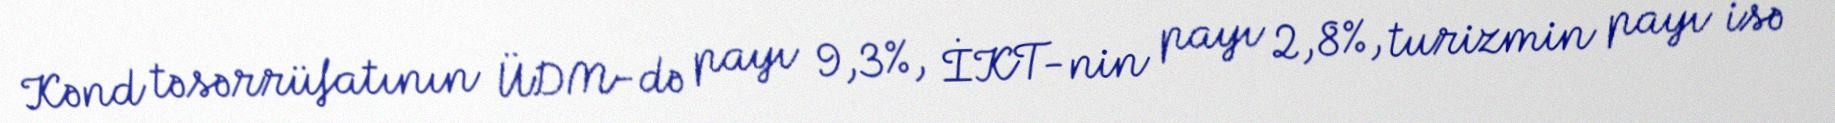
Kənd təsərrüfatının ÜDM-də payı 9,3%, İKT-nin payı 2,8%, turizmin payı isə